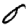
Digit: 0